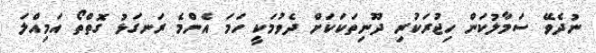
ނުދެވޭ ސަމާލުކަން ހިޖުރަކުރި ދޫނިތަކަކަށް ދެވުމަކީ ހަމަ އެންމެ ރަނގަޅު ގޮތްތޯ އަމިއްލަ